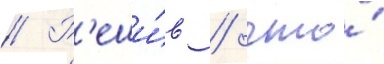
// Р'еши́в / что́